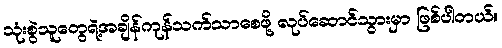
သုံးစွဲသူတွေရဲ့အချိန်ကုန်သက်သာစေဖို့ လုပ်ဆောင်သွားမှာ ဖြစ်ပါတယ်။